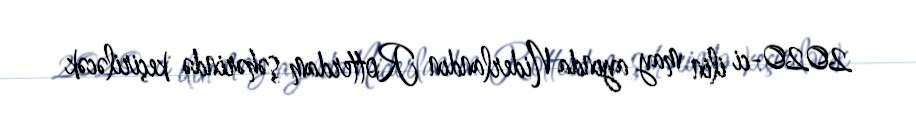
2020-ci ilin may ayında Niderlandın Rotterdam şəhərində keçiriləcək